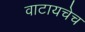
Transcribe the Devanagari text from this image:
वाटायचेच